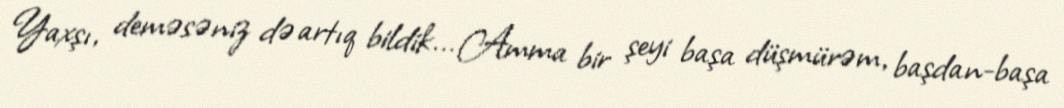
Yaxşı, deməsəniz də artıq bildik... Amma bir şeyi başa düşmürəm, başdan-başa